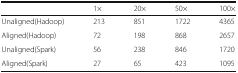
<table><thead><tr><td></td><td><b>1×</b></td><td><b>20×</b></td><td><b>50×</b></td><td><b>100×</b></td></tr></thead><tbody><tr><td>Unaligned(Hadoop)</td><td>213</td><td>851</td><td>1722</td><td>4365</td></tr><tr><td>Aligned(Hadoop)</td><td>72</td><td>198</td><td>868</td><td>2657</td></tr><tr><td>Unaligned(Spark)</td><td>56</td><td>238</td><td>846</td><td>1720</td></tr><tr><td>Aligned(Spark)</td><td>27</td><td>65</td><td>423</td><td>1095</td></tr></tbody></table>